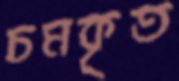
চমকৃত